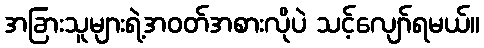
အခြားသူများရဲ့အဝတ်အစားလိုပဲ သင့်လျော်ရမယ်။